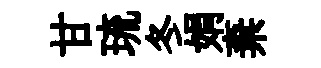
甘琉冬娟棄